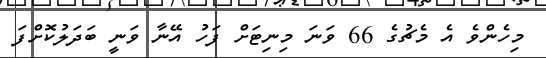
މިހެންވެ އެ މެޗުގެ 66 ވަނަ މިނިޓަށް ފަހު އޭނާ ވަނީ ބަދަލުކޮށްފަ